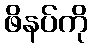
ဖိနပ်ကို